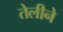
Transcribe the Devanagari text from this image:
तेलीने